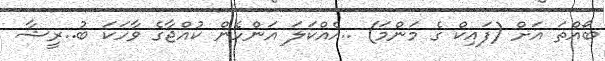
ބޯއްތަ އަށް (ފައިކް ގެ މަންމަ) ..އެއްކަލަ އަންހެން ކުއްޖާގެ ވާހަކަ ބު..ރީޝާ